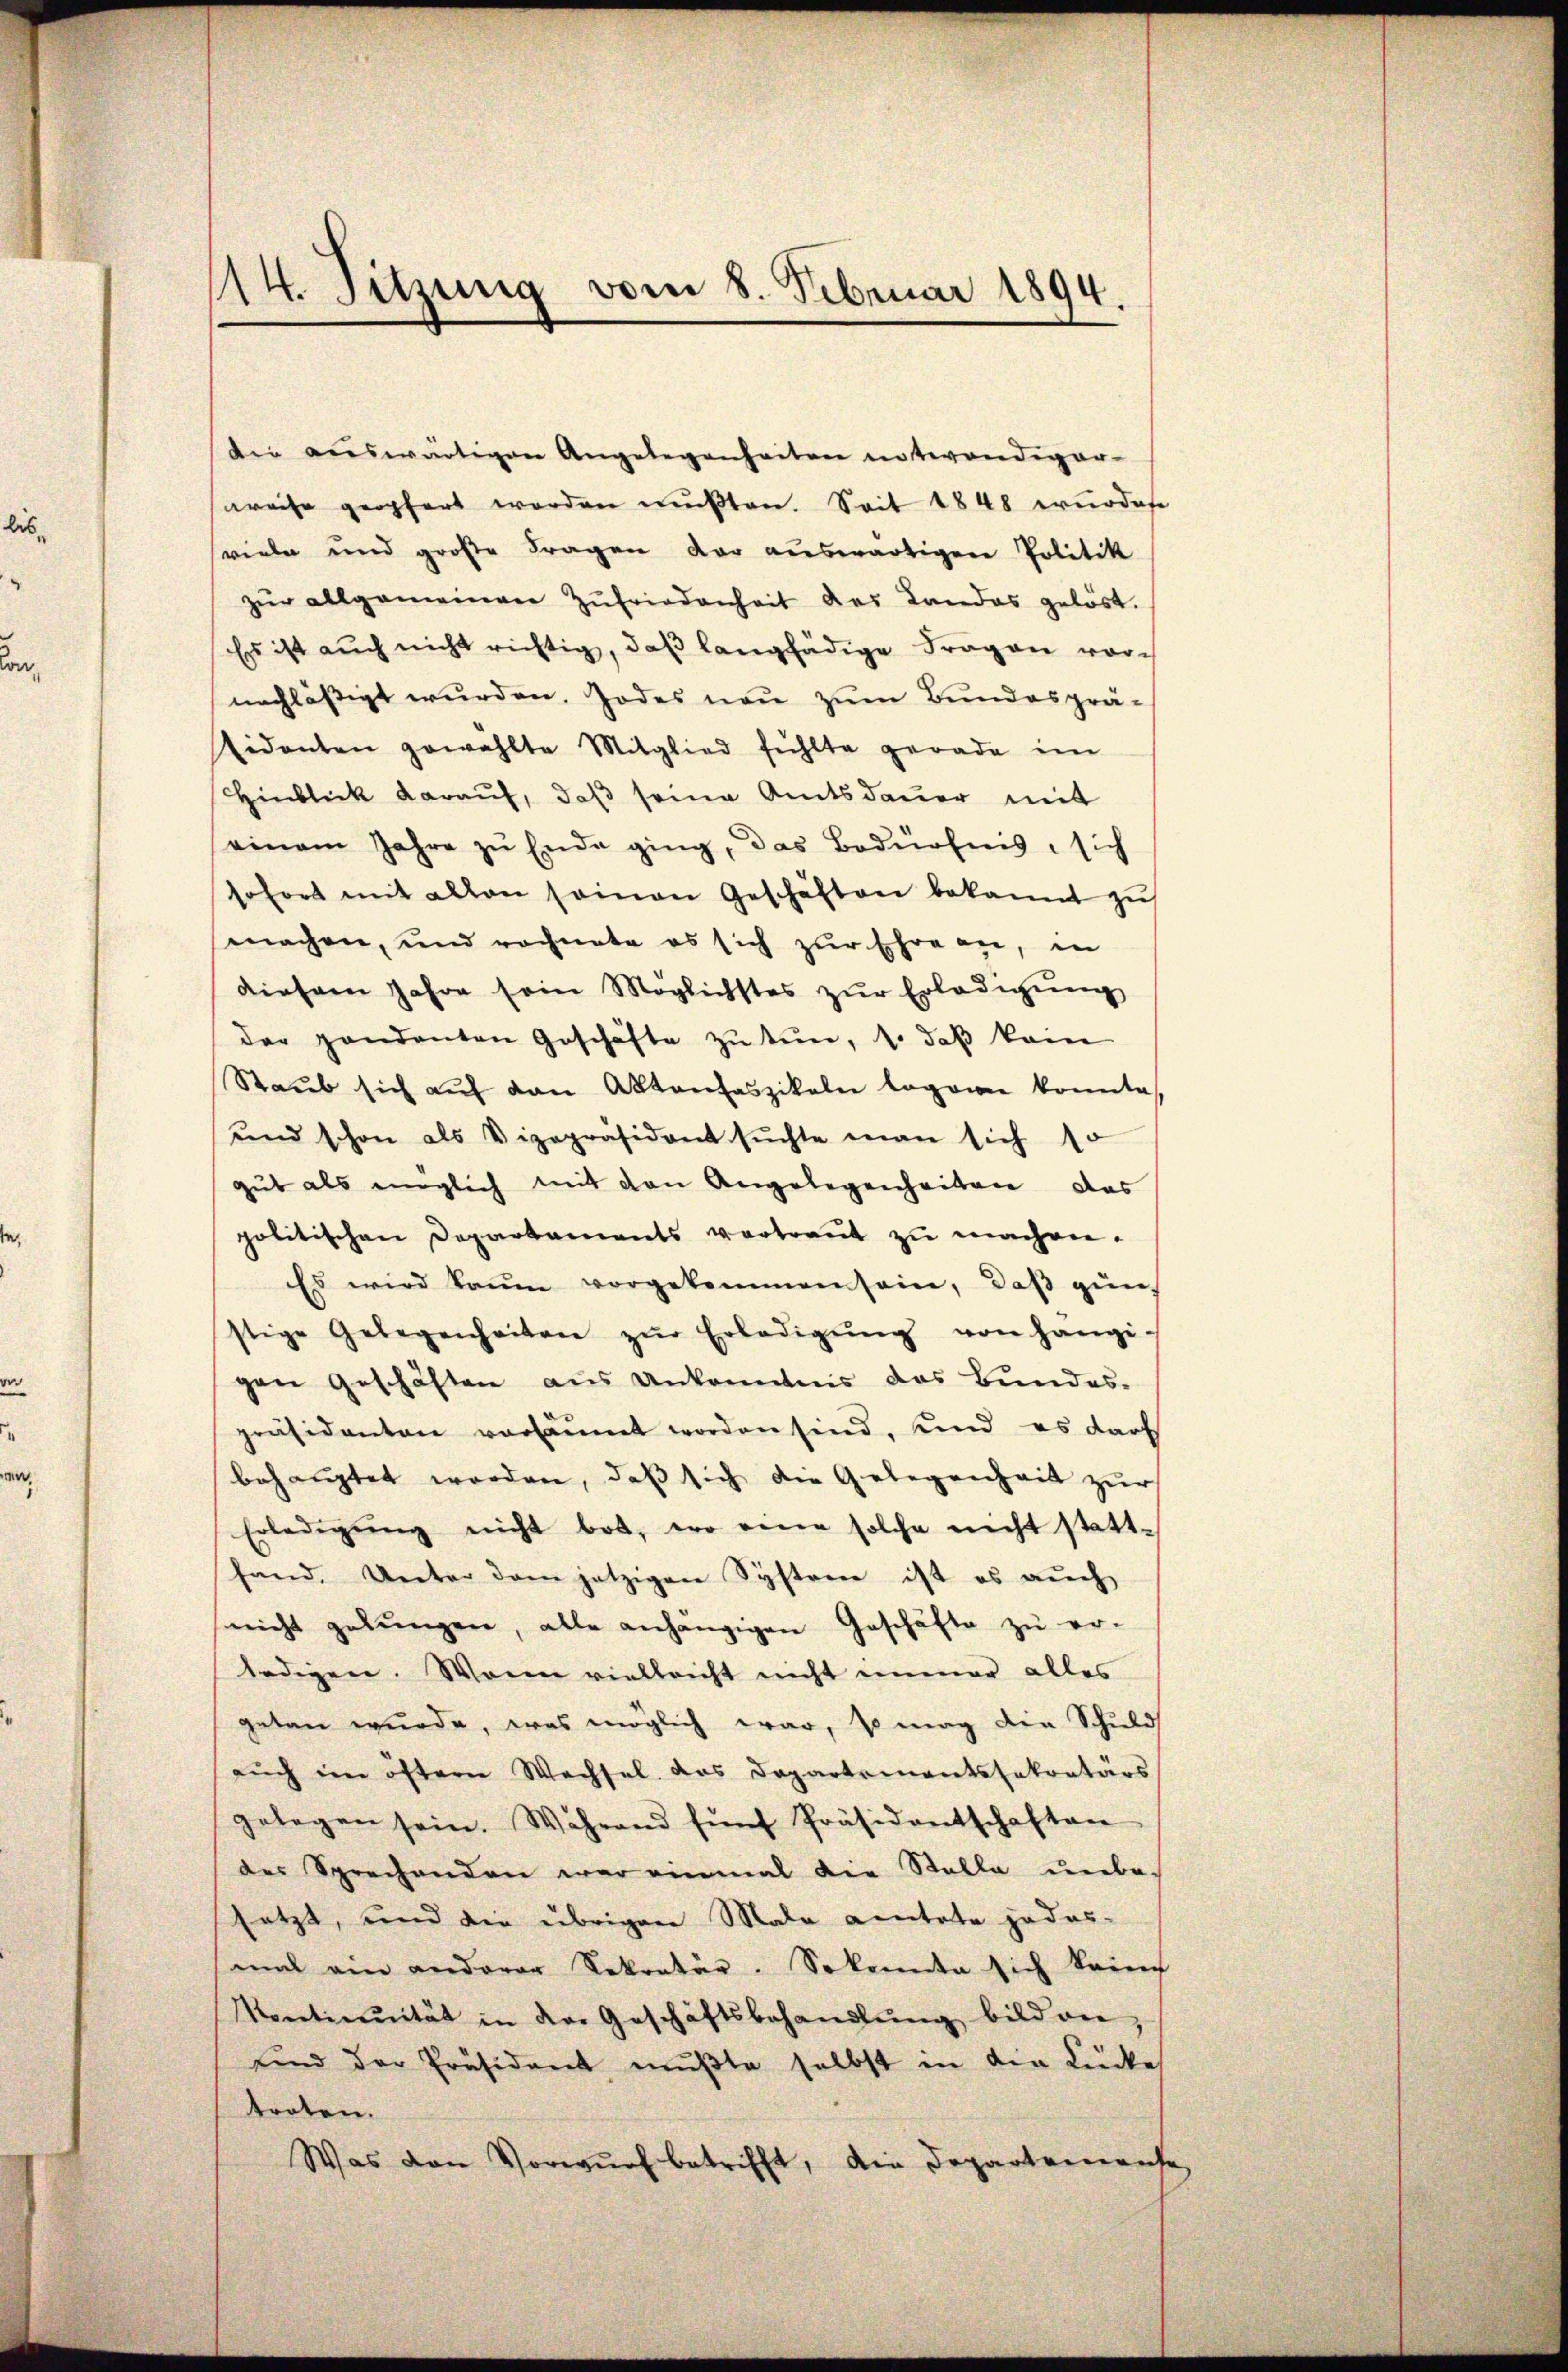
114. Sitzung vom 8. Februar 1894

die aŭswärtigen Angelegenheiten intwendiger-
Kreise geopfert werden mußten. Seit 1848 wurdest
viele und große Fragen der auswärtigen Politik
zŭr allgemeinen Zŭfriedenheit des Landas gelöst.
Es ist auch nicht richtig, daβ langhädige Fragen vornachlässigt wurden. Todes neu zum Bundesprä-
sidanten gewählte Mitglied fühlte gerade im
Hinblick darauf, daß seine Amtsdauer mit
einem Jahre zu Ende ging, das Bedürfnis, sich
sofort mit allen seinen Geschäften bekannt zŭ
machen, und rechnete es sich zur Ehre an, in
diesem Jahre sein Möglichstes zŭr Erledigŭng
der Handenten Geschäfte zu tun, 1. daß kein
Staŭb sich aŭf den Aktenfaszikeln lagone konnte,
und schon als Vizepräsident suchte man sich so
gut als möglich mit den Angelegenheiten das
politischen Departaments vertraŭt zŭ machen.
Es wird kaum vorgekommen sein, daβ gün
stige Gelegenheiten zŭr Erledigŭng von hängigen Geschäften aus Ankenntnis das Bundes-
präsidenten versäumt worden sind, und es darf
behauptet worden, daß sich die Gelegenheit zur
Erledigŭng nicht bot, wo eine solche nicht stattfand. Unter dem jetzigen Systeme ist es auch
nicht gebŭngen, alle anhängigen Geschäfte zŭ er-
ledigen. Wann vielleicht nicht immer alles
getan wurde, was möglich war, so mag die Schuld
auch im öftern Wechsel das Departementssekretärs
gelegen sein. Während fünf Präsidentschaften
der Sprechenden war einmal die Stalla unbe-
setzt, und die übrigen Male amtete jedes-
mal am anderer Sekretär. So konnte sich kann
Vontinuität in der Geschäftsbehandlŭng bild an
und der Präsident mŭβte selbst in die Lücke
treten.
Was von Vorwurf betrifft, die Departemente

.